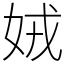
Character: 娀